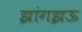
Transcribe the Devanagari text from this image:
झांगझऊ